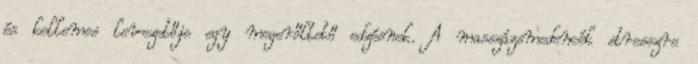
és kellemes levezetője egy megerőltető edzésnek. A masszázsmedencék stresszre